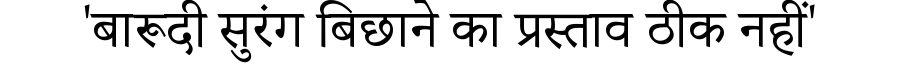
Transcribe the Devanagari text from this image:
'बारूदी सुरंग बिछाने का प्रस्ताव ठीक नहीं'